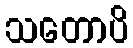
သတောပိ